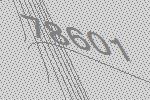
78601